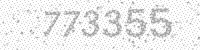
Solution: 773355